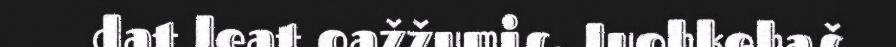
dat leat oažžumis. Juohkehaš